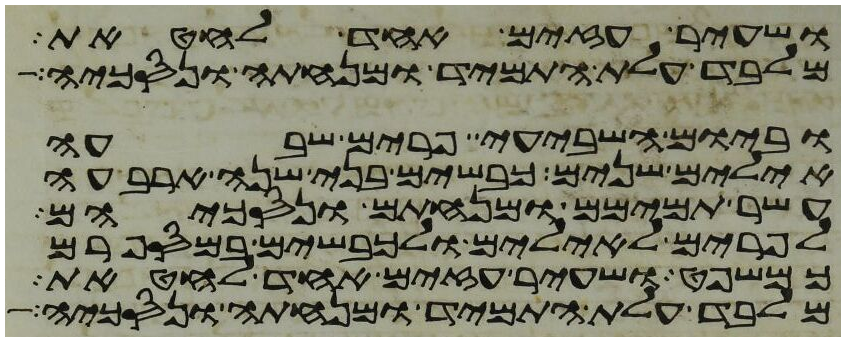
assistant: ושעיר עזים אחד לחטאת
מלבד עלת התמיד ומנחתה ונסכיה
וביום השביעי פרים שבעה
אילים שנים כבשים בני שנה ארבעה
עשר תמימם ומנחתם ונסכיהם
לפרים לאילים ולכבשים במספרם
כמשפט ושעיר עזים אחד לחטאת
מלבד עלת התמיד ומנחתה ונסכיה